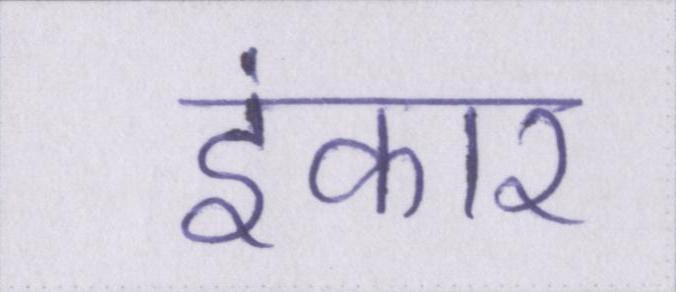
इंकार